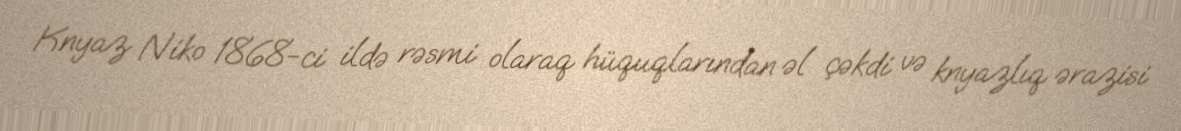
Knyaz Niko 1868-ci ildə rəsmi olaraq hüquqlarından əl çəkdi və knyazlıq ərazisi